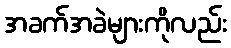
အခက်အခဲများကိုလည်း